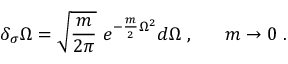
\delta _ { \sigma } \Omega = \sqrt { \frac { m } { 2 \pi } } \ e ^ { - \frac m 2 \Omega ^ { 2 } } d \Omega \ , \ \ \ \ \ m \rightarrow 0 \ .